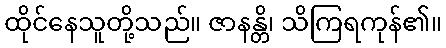
ထိုင်နေသူတို့သည်။ ဇာနန္တိ၊ သိကြရကုန်၏။